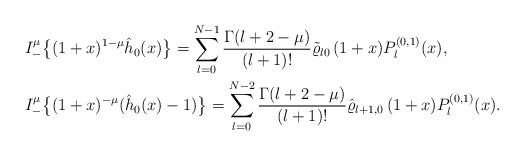
LaTeX: \begin{align*}& I_-^\mu \big\{(1+x)^{1-\mu} \hat h_0(x)\big\}= \sum_{l=0}^{N-1} \frac{\Gamma(l+2-\mu)}{(l+1)!} \tilde \varrho_{l0}\,(1+x) P_l^{(0,1)}(x), \\& I_-^\mu \big\{(1+x)^{-\mu} (\hat h_0(x)-1)\big\}= \sum_{l=0}^{N-2} \frac{\Gamma(l+2-\mu)}{(l+1)!} \hat \varrho_{l+1,0}\,(1+x)P_l^{(0,1)}(x). \end{align*}